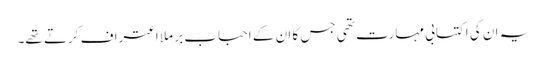
یہ ان کی اکتسابی مہارت تھی جس کا ان کے احباب بر ملا اعتراف کرتے تھے۔